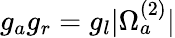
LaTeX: g_{a}g_{r}=g_{l}|\Omega_{a}^{(2)}|